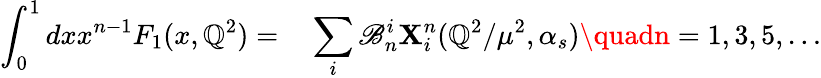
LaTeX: \int_{0}^{1}dxx^{n-1}F_{1}(x,\mathbb{Q}^{2})=\phantom{-}\sum_{i}\mathscr{B}_{n}^{i}\mathbf{X}_{i}^{n}(\mathbb{Q}^{2}/\mu^{2},\alpha_{s})\quadn=1,3,5,\ldots